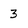
Character: 3